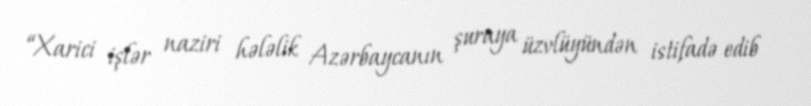
“Xarici işlər naziri hələlik Azərbaycanın şuraya üzvlüyündən istifadə edib